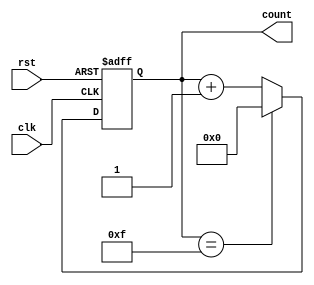
module ModulusCounter (
    input clk,
    input rst,
    output reg [3:0] count
);

always @(posedge clk or posedge rst) begin
    if (rst) begin
        count <= 4'b0000;
    end else begin
        if (count == 4'b1111) begin
            count <= 4'b0000;
        end else begin
            count <= count + 1;
        end
    end
end

endmodule